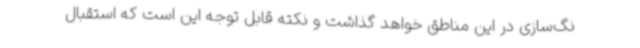
نگ‌سازی در این مناطق خواهد گذاشت و نکته قابل توجه این است که استقبال